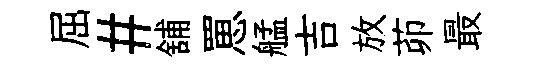
屈#舖罳艋吉放茆最